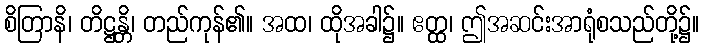
စိတြာနိ၊ တိဋ္ဌန္တိ၊ တည်ကုန်၏။ အထ၊ ထိုအခါ၌။ ဧတ္ထ၊ ဤအဆင်းအာရုံစသည်တို့၌။